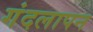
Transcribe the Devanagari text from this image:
गंदलापन